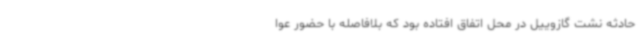
حادثه نشت گازوییل در محل اتفاق افتاده بود که بلافاصله با حضور عوا